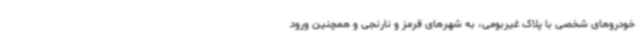
خودروهای شخصی با پلاک غیربومی، به شهرهای قرمز و نارنجی و همچنین ورود